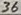
Text: 36